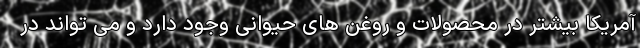
آمریکا بیشتر در محصولات و روغن های حیوانی وجود دارد و می تواند در